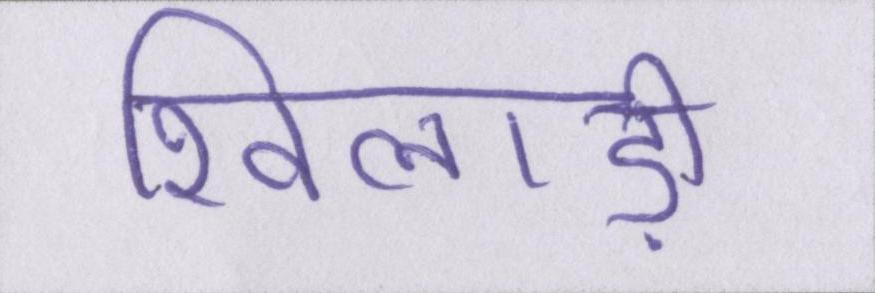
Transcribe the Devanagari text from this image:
खिलाड़ी